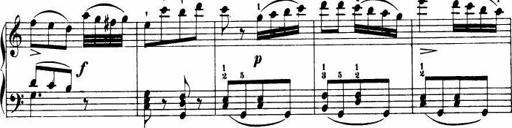
Title: Le bouquetier
Composer: Anton Diabelli
Key: G major
 C major
 F major
 C major